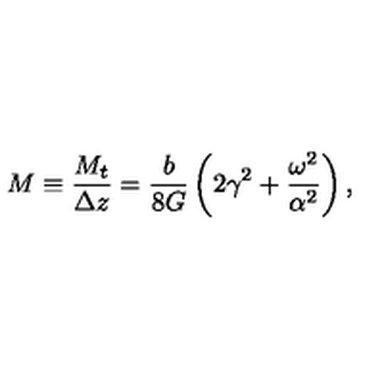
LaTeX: M \equiv \frac { M _ { t } } { \Delta z } = \frac { b } { 8 G } \left( 2 \gamma ^ { 2 } + \frac { \omega ^ { 2 } } { \alpha ^ { 2 } } \right) ,